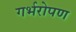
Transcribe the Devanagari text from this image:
गर्भरोपण